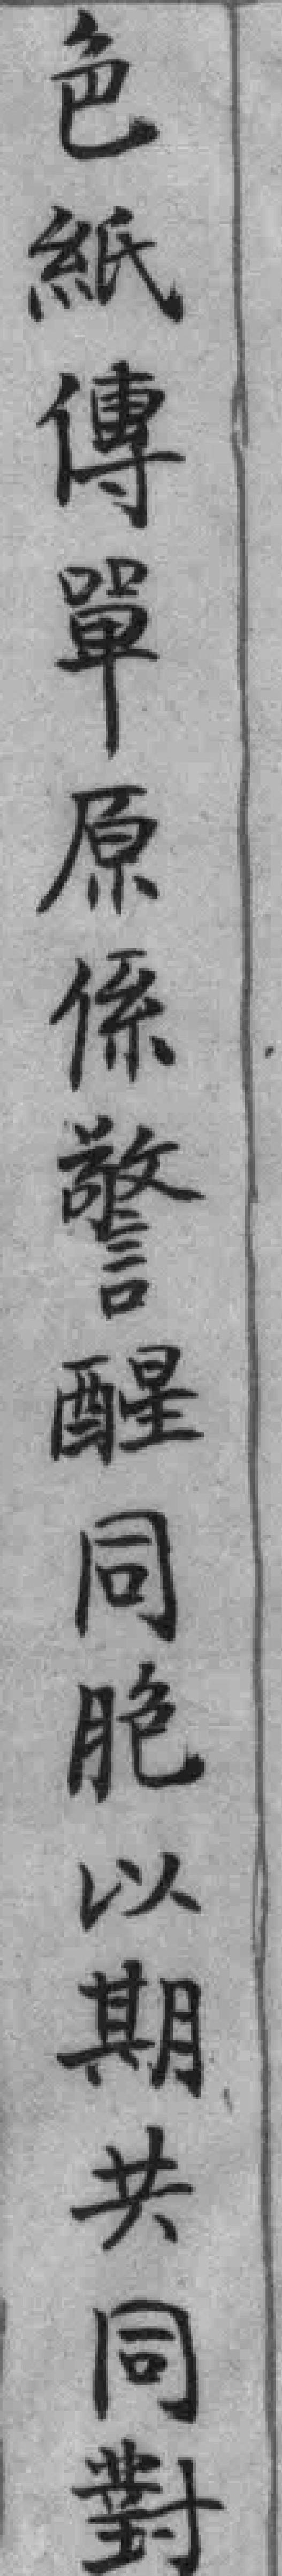
色紙傳單原保警醒同胞以期共同對